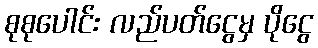
စုစုပေါင်း လည်ပတ်ငွေမှ ပိုငွေ